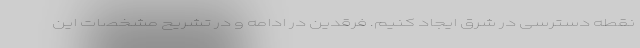
نقطه دسترسی در شرق ایجاد کنیم. فرقدین در ادامه و در تشریح مشخصات این